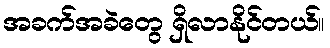
အခက်အခဲတွေ ရှိလာနိုင်တယ်။